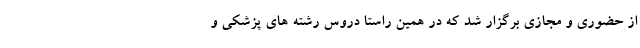
از حضوری و مجازی برگزار شد که در همین راستا دروس رشته های پزشکی و